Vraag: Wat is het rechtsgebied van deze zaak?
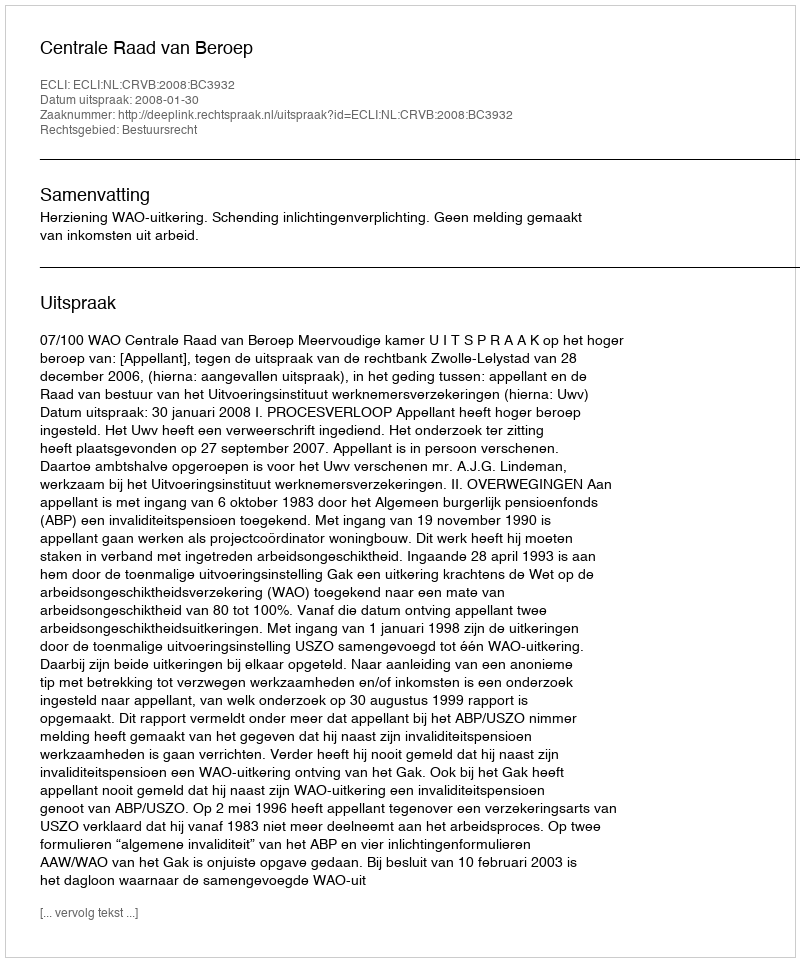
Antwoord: Bestuursrecht